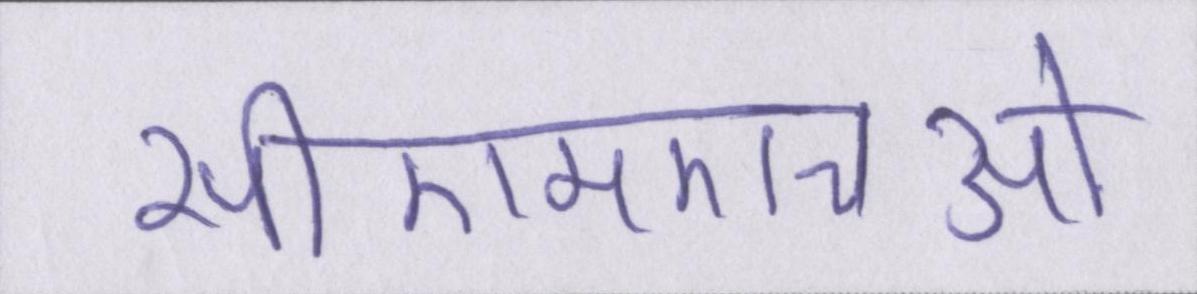
सीएमएचओ